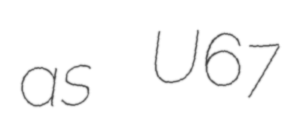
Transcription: as U67